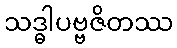
သဒ္ဓါပဗ္ဗဇိတဿ